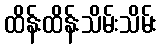
ထိန်းထိန်းသိမ်းသိမ်း